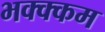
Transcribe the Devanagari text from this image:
भक्‍क्‍कम